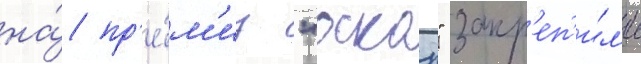
на́ пр'е́м'иу "оскар" закр'еп'и́л'и